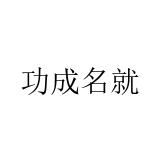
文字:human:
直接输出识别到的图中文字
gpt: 功成名就